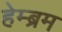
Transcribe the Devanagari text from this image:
हेम्‍ब्रम